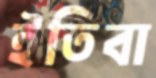
ইতিবা